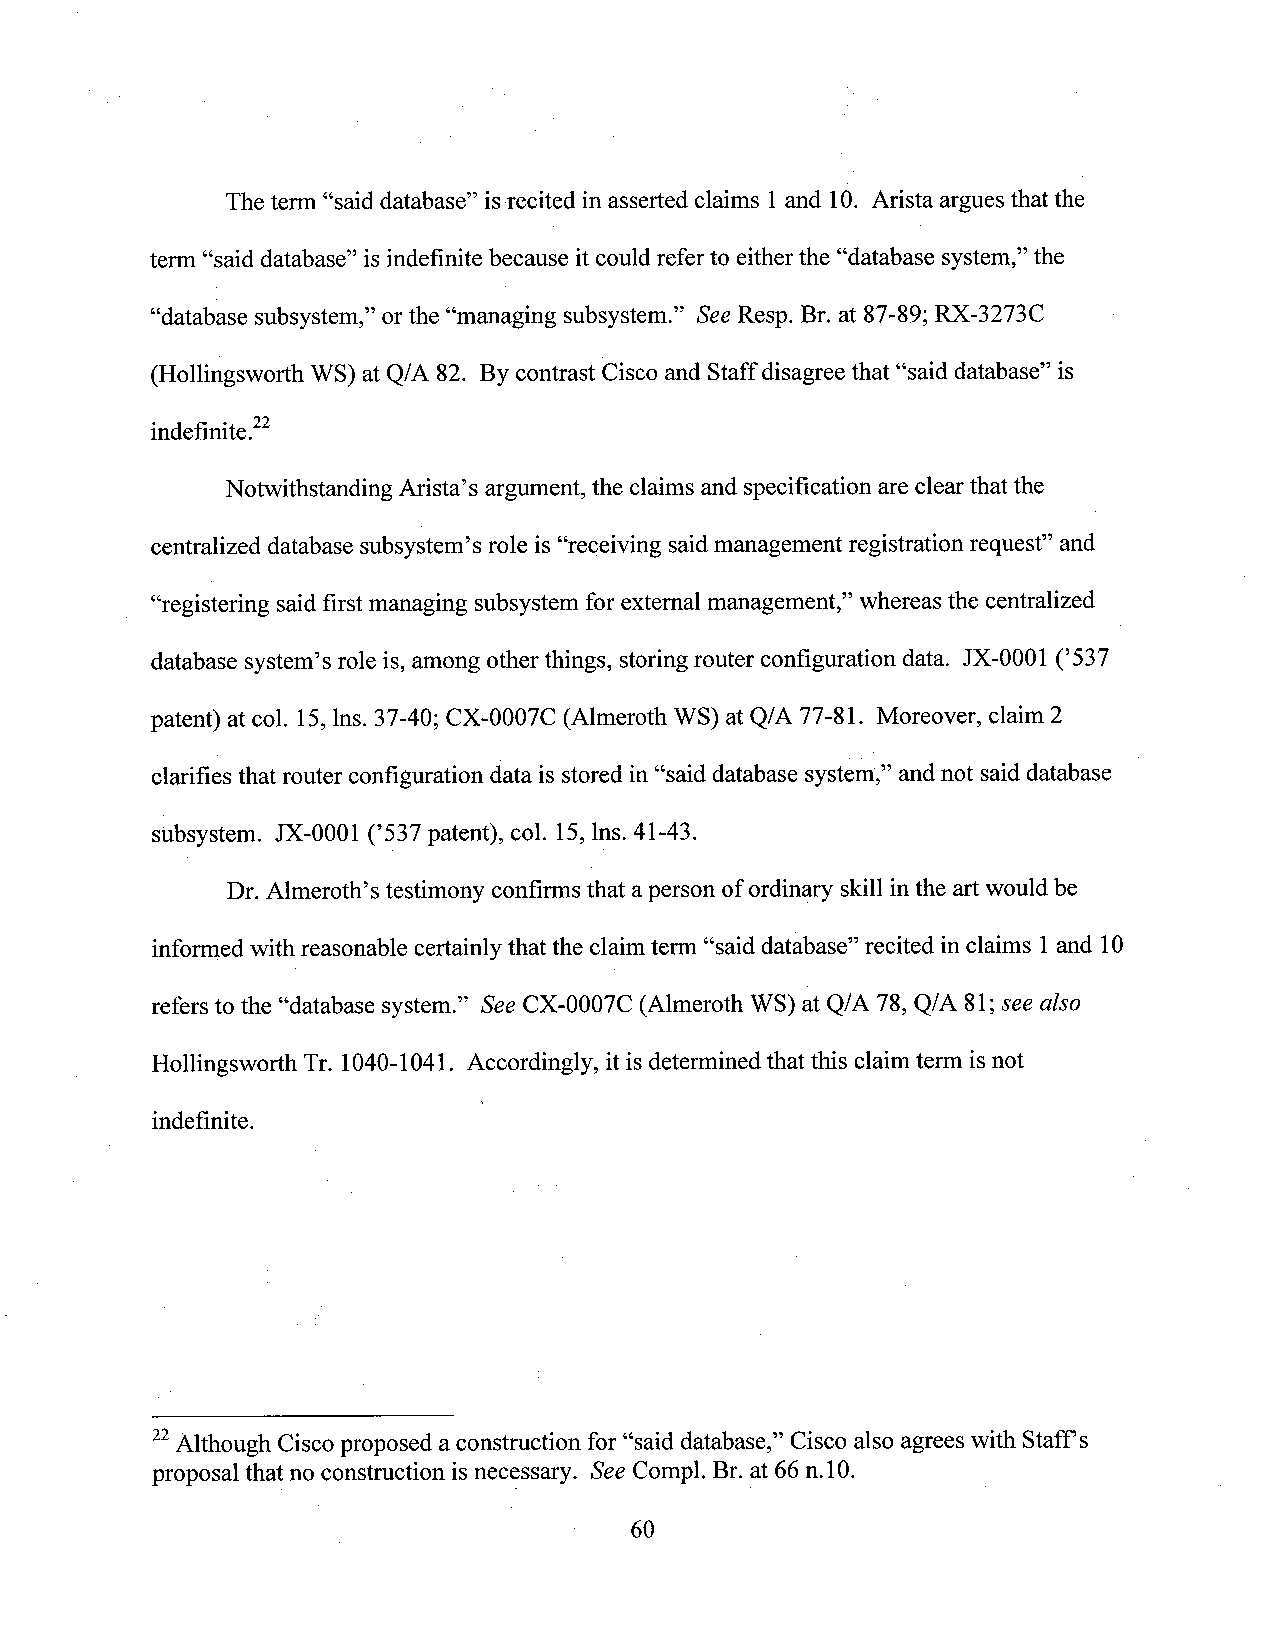
The term “said database” isrecited in asserted claims 1and 10. Arista argues that the
 term “said database” isindefinite because it could refer to eitherthe “database system,”the
 “database subsystem,” orthe “managing subsystem.” SeeResp. Br. at 87-89; RX-3273C
 (Hollingsworth WS) at Q/A 82. By contrast Cisco and Staffdisagree that “said database” is
 indefinite.”
 Notwithstanding Arista’s argument, the claims and specification are clear that the
 centralized database subsystem’s role is “receiving saidmanagement registration request” and
 “registering saidfirst managing subsystem for extemal management,” whereas the centralized
 database system’s role is,among other things, storing router configuration data. JX-0001 (’537
 patent) at col. 15,lns. 37-40; CX-0007C (Almeroth WS) at Q/A 77-81. Moreover, claim 2
 clarifies that router configuration data is storedin “said database system,” and not saiddatabase
 subsystem. JX-0001 (’537 patent), col. 15,lns. 41-43.
 Dr.Almeroth’stestimony confirms that aperson ofordinary skill inthe artwould be
 informed with reasonable certainly that the claim term “said database” recited in claims 1and 10
 refers to the “database system.” See CX-0007C (Almeroth WS) at Q/A 78, Q/A 81;see also
 Hollingsworth Tr. 1040-1041. Accordingly, it isdetermined that this claim term is not
 indefinite.           i
 22Although Cisco proposed aconstruction for “said database,” Cisco also agrees with Staff‘s
 proposal that no construction isnecessary. See Compl. Br. at 66n.10.
 60